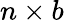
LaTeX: n\times b